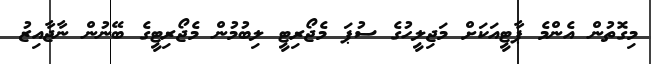
މިގޮތުން އެންމެ ޕާޓީއަކަށް މަޖިލީހުގެ ސުޕަ މެޖޯރިޓީ ލިބުމުން މެޖޯރިޓީގެ ބޭނުން ނާޖާއިޒު